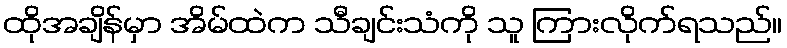
ထိုအချိန်မှာ အိမ်ထဲက သီချင်းသံကို သူ ကြားလိုက်ရသည်။